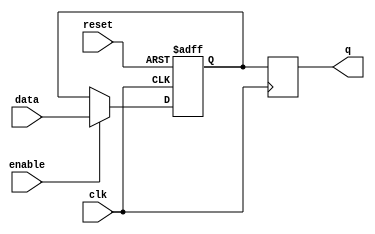
module sequential_logic_block(
    input wire clk,
    input wire reset,
    input wire data,
    input wire enable,
    output reg q
);

reg latch;

always @ (posedge clk or posedge reset) begin
    if (reset) begin
        latch <= 1'b0;
    end else begin
        if (enable) begin
            latch <= data;
        end
    end
end

always @ (posedge clk) begin
    q <= latch;
end

endmodule